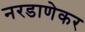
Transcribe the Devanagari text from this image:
नरडाणेकर